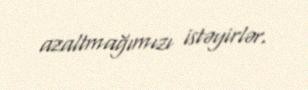
azaltmağımızı istəyirlər.